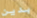
بدين